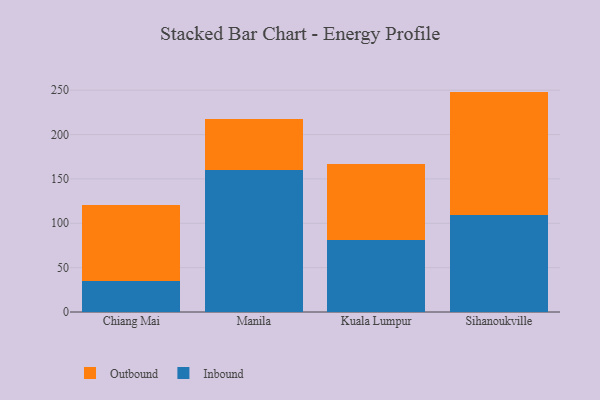
{"axis": {"x": "City", "y": "LTV (USD)"}, "legend": ["Inbound", "Outbound"], "data": [{"x": "Chiang Mai", "y": 34.8, "type": "Inbound"}, {"x": "Chiang Mai", "y": 86.2, "type": "Outbound"}, {"x": "Manila", "y": 159.5, "type": "Inbound"}, {"x": "Manila", "y": 58.1, "type": "Outbound"}, {"x": "Kuala Lumpur", "y": 81.6, "type": "Inbound"}, {"x": "Kuala Lumpur", "y": 84.7, "type": "Outbound"}, {"x": "Sihanoukville", "y": 109.8, "type": "Inbound"}, {"x": "Sihanoukville", "y": 138.6, "type": "Outbound"}]}